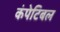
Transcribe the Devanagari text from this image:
कंपेटिबल